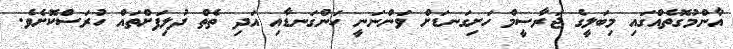
އާންމުގޮތެއްގައި މިބަލީގެ ޖަރާސީމް ހަށިގަނޑަށް ވަންނަނީ ހަންގަނޑާއި އަދި ތެތް ދުލިފަށްތައް ހުރަސްކޮށެވެ.